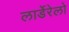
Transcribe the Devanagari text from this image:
लार्डेरेलो